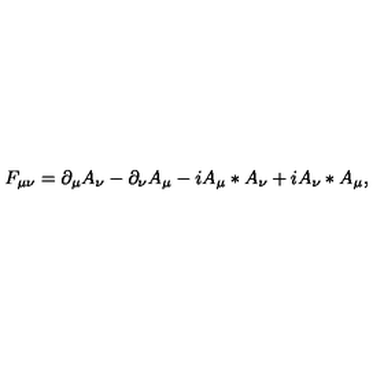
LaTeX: F _ { \mu \nu } = \partial _ { \mu } A _ { \nu } - \partial _ { \nu } A _ { \mu } - i A _ { \mu } \ast A _ { \nu } + i A _ { \nu } \ast A _ { \mu } ,